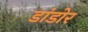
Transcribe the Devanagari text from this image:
डांडोर